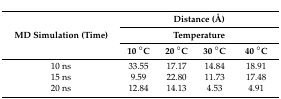
<table><thead><tr><td rowspan="3"><b>MD Simulation (Time)</b></td><td colspan="4"><b>Distance (Å)</b></td></tr><tr><td colspan="4"><b>Temperature</b></td></tr><tr><td><b>10 °C</b></td><td><b>20 °C</b></td><td><b>30 °C</b></td><td><b>40 °C</b></td></tr></thead><tbody><tr><td>10 ns</td><td>33.55</td><td>17.17</td><td>14.84</td><td>18.91</td></tr><tr><td>15 ns</td><td>9.59</td><td>22.80</td><td>11.73</td><td>17.48</td></tr><tr><td>20 ns</td><td>12.84</td><td>14.13</td><td>4.53</td><td>4.91</td></tr></tbody></table>